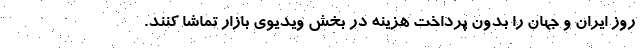
روز ایران و جهان را بدون پرداخت هزینه در بخش ویدیوی بازار تماشا کنند.